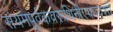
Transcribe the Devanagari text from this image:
संयमपूर्वकवरूथिनीएकादशी